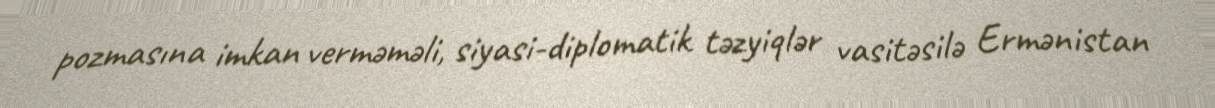
pozmasına imkan verməməli, siyasi-diplomatik təzyiqlər vasitəsilə Ermənistan